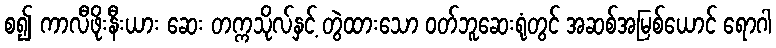
စ၍ ကာလီဖိုးနီးယား ဆေး တက္ကသိုလ်နှင့် တွဲထားသော ဝတ်ဘူဆေးရုံတွင် အဆစ်အမြစ်ယောင် ရောဂါ